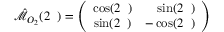
\begin{array} { r } { \hat { \mathcal { M } } _ { O _ { 2 } } ( 2 { \it \Delta \phi } ) = \left( \begin{array} { c c } { \cos ( 2 { \it \Delta \phi } ) } & { \ \ \ \sin ( 2 { \it \Delta \phi } ) } \\ { \sin ( 2 { \it \Delta \phi } ) } & { - \cos ( 2 { \it \Delta \phi } ) } \end{array} \right) } \end{array}